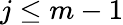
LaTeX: j\leq m-1